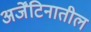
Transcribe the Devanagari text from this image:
अर्जेंटिनातील